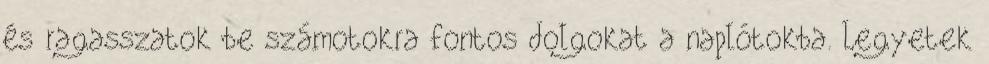
és ragasszatok be számotokra fontos dolgokat a naplótokba. Legyetek